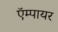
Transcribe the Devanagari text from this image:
ऍम्पायर